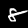
Label: 8